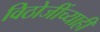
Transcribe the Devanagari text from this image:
विठोजींच्याही